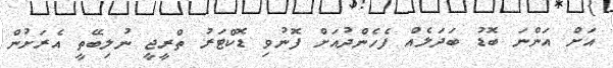
އަށް އަންނަ ބޮޑު ބަދަލެއް ފެހެންދުއަށް ފޮނުވި ޑޮކްޓަރު ތްރީޖީ ނުލިބޭތީ އެރަށުން